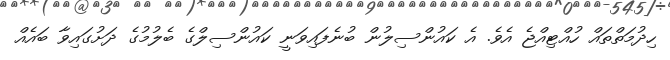
ހިދުމަތްތައް ހުއްޓިއްޖެ އެވެ. އެ ކައުންސިލުން ބުނެފައިވަނީ ކައުންސިލްގެ ބެލުމުގެ ދަށުގައިވާ ބައެއް